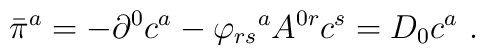
{\bar{\pi}}^{a} = -\partial^{0} c^{a} - {\varphi_{rs}}^{a} A^{0r}c^{s} = D_{0} c^{a}~.